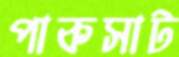
পাকসাট